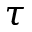
\tau